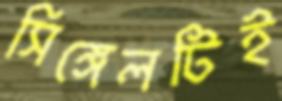
সিঙ্গেলটিই